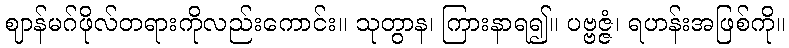
ဈာန်မဂ်ဖိုလ်တရားကိုလည်းကောင်း။ သုတွာန၊ ကြားနာရ၍။ ပဗ္ဗဇ္ဇံ၊ ရဟန်းအဖြစ်ကို။